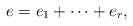
LaTeX: \begin{align*}e = e_1 + \dots + e_r,\end{align*}